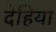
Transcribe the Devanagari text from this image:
देहिया